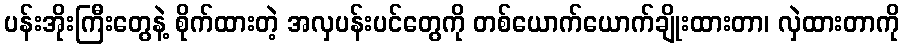
ပန်းအိုးကြီးတွေနဲ့ စိုက်ထားတဲ့ အလှပန်းပင်တွေကို တစ်ယောက်ယောက်ချိုးထားတာ၊ လှဲထားတာကို